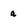
Character: a